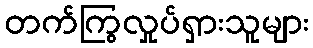
တက်ကြွလှုပ်ရှားသူများ